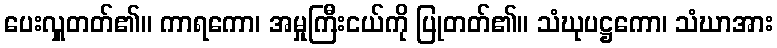
ပေးလှူတတ်၏။ ကာရကော၊ အမှုကြီးငယ်ကို ပြုတတ်၏။ သံဃုပဋ္ဌကော၊ သံဃာအား